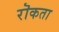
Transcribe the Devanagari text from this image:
रॊकता